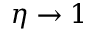
\eta \rightarrow 1